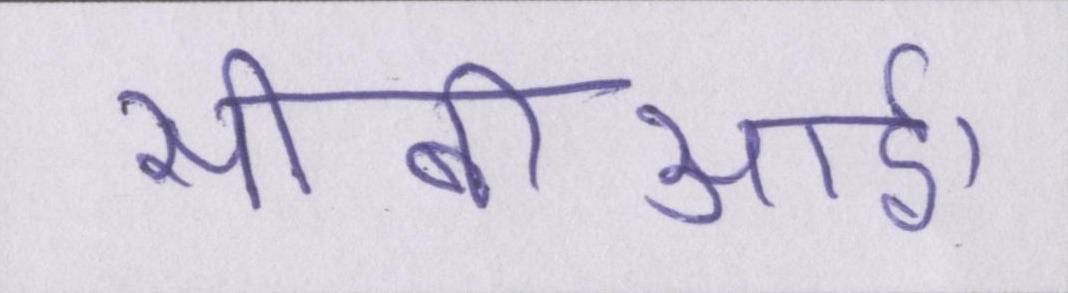
सीबीआई।